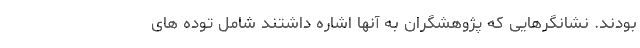
بودند. نشانگرهایی که پژوهشگران به آنها اشاره داشتند شامل توده های